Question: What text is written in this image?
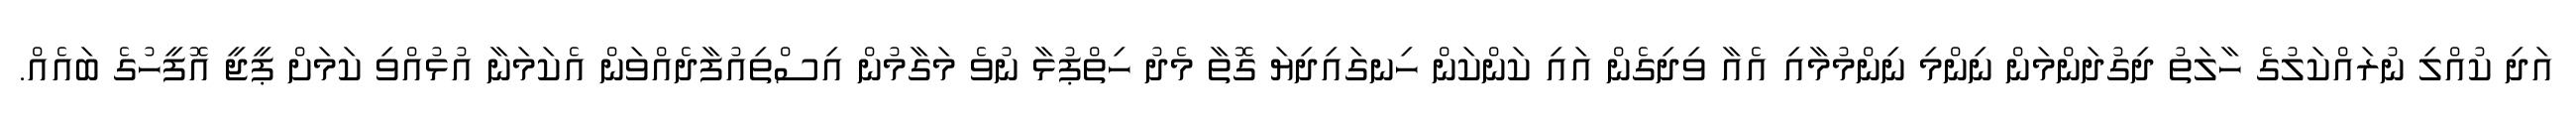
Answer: އަދި ކުއްލި ނުރައްކަލުގެ ހާލަތު ދިގުދަންމަން ނިންމި ނިންމުމާއި އެއާ ވިދިގެން އައި ކަންކަން ހިނގައިދިޔަ ގޮތާ މެދު ހިތްޕުޅާ ނުވެ މަގާމުން އިސްތިއުފާދެއްވަން އެކަމަނާ އުޅުއްވި ކަމަށް ޕީޖީ އޮފީހުގެ ބައެއް.